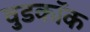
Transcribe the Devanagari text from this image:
वुडकॉक